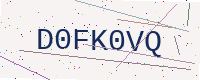
Text: D0FK0VQ